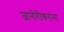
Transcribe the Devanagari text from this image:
जानोरीकरांना